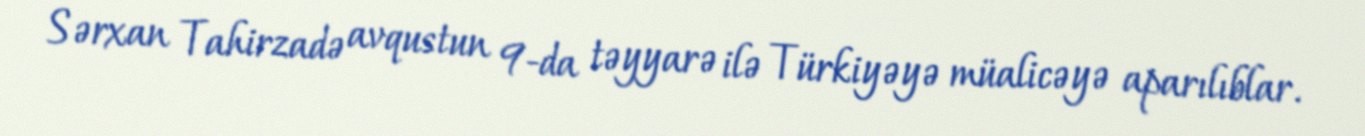
Sərxan Tahirzadə avqustun 9-da təyyarə ilə Türkiyəyə müalicəyə aparılıblar.